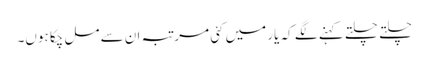
چلتے چلتے کہنے لگے کہ یار میں کئی مرتبہ ان سے مل چکا ہوں۔